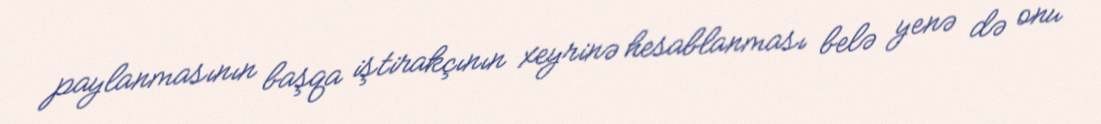
paylanmasının başqa iştirakçının xeyrinə hesablanması belə yenə də onu